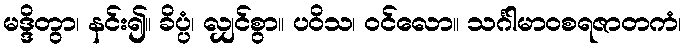
မဒ္ဒိတွာ၊ နင်း၍။ ခိပ္ပံ၊ လျှင်စွာ။ ပဝိသ၊ ဝင်လော။ သင်္ဂါမာဝစရဇာတကံ၊